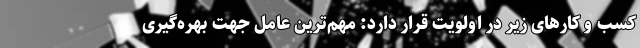
کسب و کارهای زیر در اولویت قرار دارد: مهم‌ترین عامل جهت بهره‌گیری